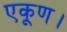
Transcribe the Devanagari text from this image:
एकूण।